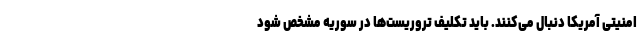
امنیتی آمریکا دنبال می‌کنند. باید تکلیف تروریست‌ها در سوریه مشخص شود